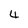
Character: 4